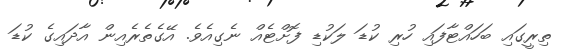
ތިރީގައި ބަހައްޓާފައި ހުރި ކުޑަ ލަކުޑި ފޮށްޓެއް ނެގިއެވެ. އޭގެތެރެއިން އާދައިގެ ކުޑަ